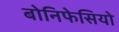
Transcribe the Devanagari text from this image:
बोनिफेसियो